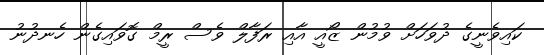
ކައިވެނީގެ ދުވަހަށް ވުމުން ޒޯއީ އާއި ރަފާލް ވެސް ރީމް ގޮވައިގެން ހެނދުނު